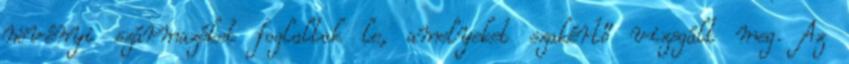
növényi származékot foglaltak le, amelyeket szakértő vizsgált meg. Az